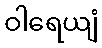
ဝါရေယျံ